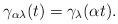
LaTeX: \begin{align*}\gamma_{\alpha \lambda}(t) = \gamma_{\lambda}(\alpha t).\end{align*}